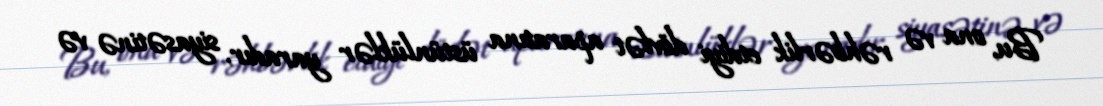
Bu, ona və rəhbərlik etdiyi dövlət aparatına üstünlüklər yaradır, siyasətinə və